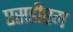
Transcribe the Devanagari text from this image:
एसडीएम